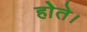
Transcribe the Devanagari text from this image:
होेते।